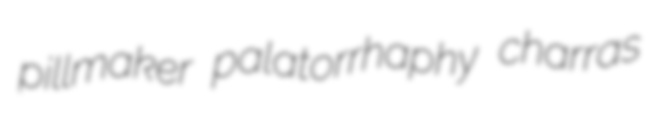
pillmaker palatorrhaphy charras